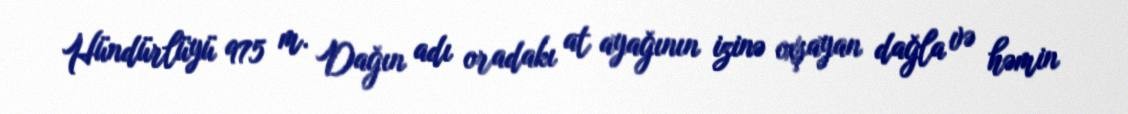
Hündürlüyü 975 m. Dağın adı oradakı at ayağının izinə oxşayan dağla və həmin